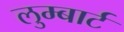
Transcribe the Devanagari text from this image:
लुम्बार्ट